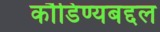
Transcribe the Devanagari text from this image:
कौडिण्यबद्दल